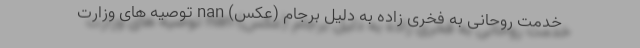
خدمت روحانی به فخری زاده به دلیل برجام (عکس) nan توصیه های وزارت